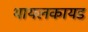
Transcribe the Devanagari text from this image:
थायलकायड